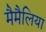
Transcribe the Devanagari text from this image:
मैमैलिया